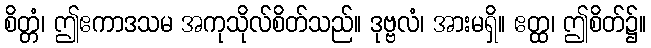
စိတ္တံ၊ ဤဧကာဒသမ အကုသိုလ်စိတ်သည်။ ဒုဗ္ဗလံ၊ အားမရှိ။ ဧတ္ထ၊ ဤစိတ်၌။